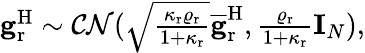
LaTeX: \begin{array}{r}{\mathbf{g}_{\mathrm{r}}^{\mathrm{H}}\sim\mathcal{CN}(\sqrt{\frac{\kappa_{\mathrm{r}}\varrho_{\mathrm{r}}}{1+\kappa_{\mathrm{r}}}}\overline{{\mathbf{g}}}_{\mathrm{r}}^{\mathrm{H}},\frac{\varrho_{\mathrm{r}}}{1+\kappa_{\mathrm{r}}}\mathbf{I}_{N}),}\end{array}